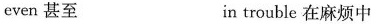
even 甚至 in trouble 在麻烦中